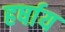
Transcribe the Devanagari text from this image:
हर्षाय